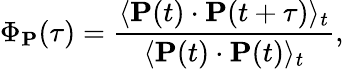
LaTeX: \Phi_{\mathbf{P}}(\tau)=\frac{\langle\mathbf{P}(t)\cdot\mathbf{P}(t+\tau)\rangle_{t}}{\langle\mathbf{P}(t)\cdot\mathbf{P}(t)\rangle_{t}},